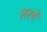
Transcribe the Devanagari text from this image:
तरगें